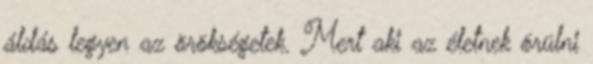
áldás legyen az örökségetek. Mert aki az életnek örülni